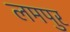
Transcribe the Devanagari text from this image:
लमपुर